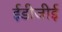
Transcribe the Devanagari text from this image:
ईडीजीई